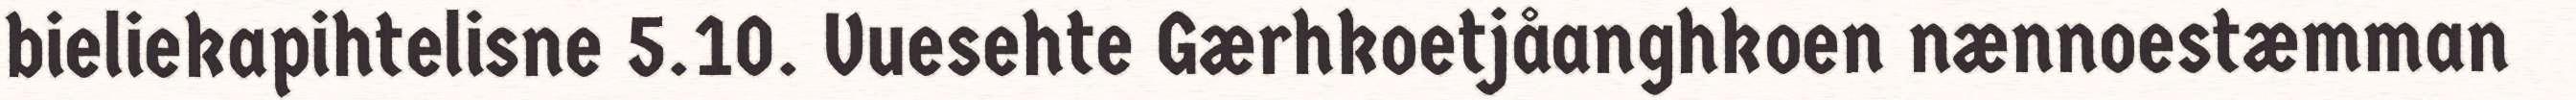
bieliekapihtelisne 5.10. Vuesehte Gærhkoetjåanghkoen nænnoestæmman